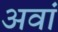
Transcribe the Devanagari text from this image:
अवां